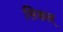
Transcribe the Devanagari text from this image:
सिकल्